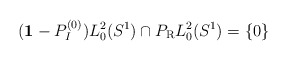
\begin{align*}({\bf 1}-P_I^{(0)}) L_0^2(S^1) \cap P_{\rm R} L_0^2(S^1) =\{0\}\end{align*}